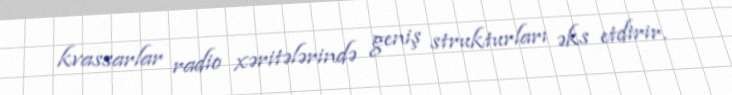
kvassarlar radio xəritələrində geniş strukturları əks etdirir.